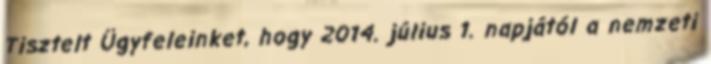
Tisztelt Ügyfeleinket, hogy 2014. július 1. napjától a nemzeti